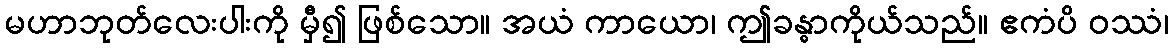
မဟာဘုတ်လေးပါးကို မှီ၍ ဖြစ်သော။ အယံ ကာယော၊ ဤခန္ဓာကိုယ်သည်။ ဧကံပိ ဝဿံ၊